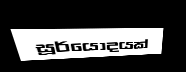
සූර්යෝදයක්